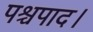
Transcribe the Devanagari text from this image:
पश्चपाद।